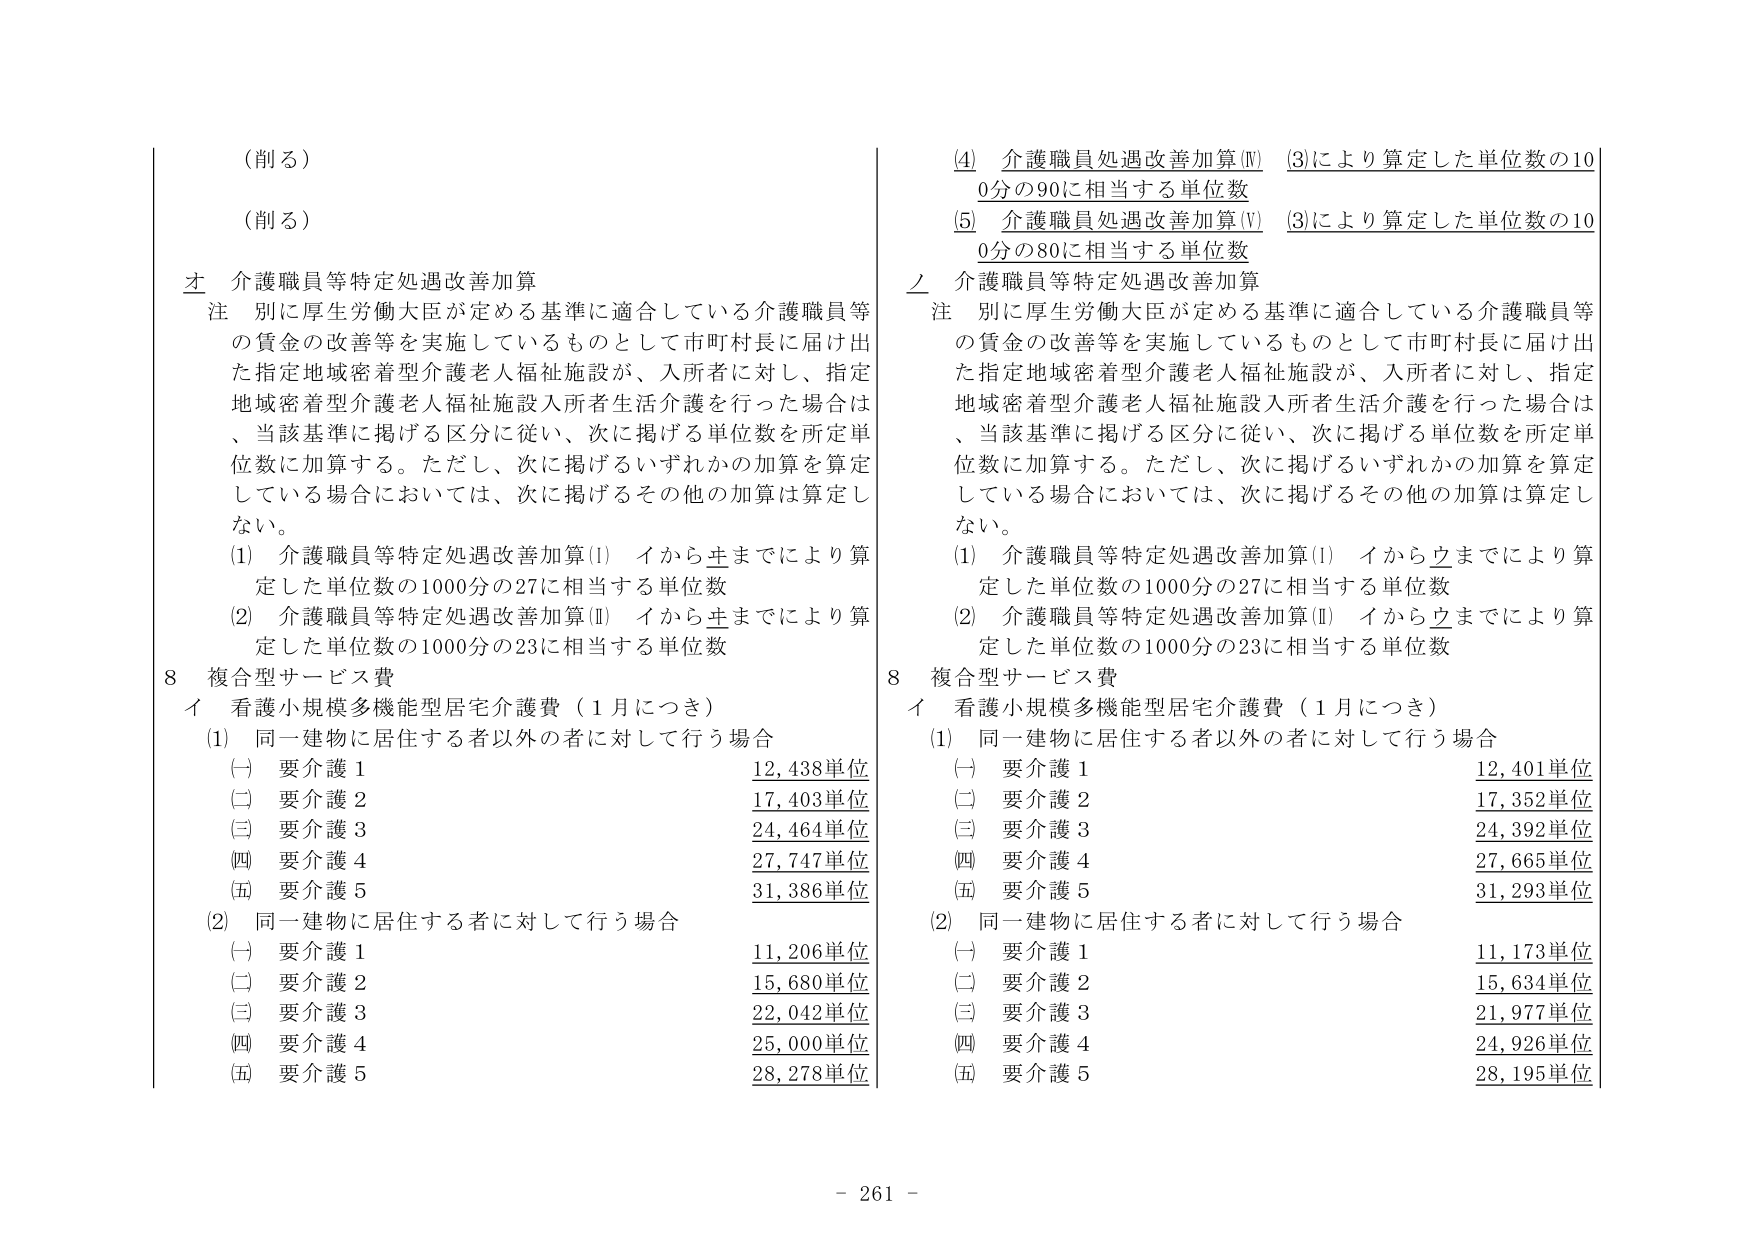
（削る）
（削る）

才 介護職員等特定処遇改善加算
注 別に厚生労働大臣が定める基準に適合している介護職員等の賃金の改善等を実施しているものとして市町村長に届け出た指定地域密着型介護老人福祉施設が、入所者に対し、指定地域密着型介護老人福祉施設入所者生活介護を行った場合は、当該基準に掲げる区分に従い、次に掲げる単位数を所定単位数に加算する。ただし、次に掲げるいずれかの加算を算定している場合においては、次に掲げるその他の加算は算定しない。
(1) 介護職員等特定処遇改善加算(I) イから才までにより算定した単位数の1000分の27に相当する単位数
(2) 介護職員等特定処遇改善加算(II) イから才までにより算定した単位数の1000分の23に相当する単位数

8 複合型サービス費
イ 看護小規模多機能型居宅介護費（1月につき）
(1) 同一建物に居住する者以外の者に対して行う場合
(一) 要介護1 12,438単位
(二) 要介護2 17,403単位
(三) 要介護3 24,464単位
(四) 要介護4 27,747単位
(五) 要介護5 31,386単位
(2) 同一建物に居住する者に対して行う場合
(一) 要介護1 11,206単位
(二) 要介護2 15,680単位
(三) 要介護3 22,042単位
(四) 要介護4 25,000単位
(五) 要介護5 28,278単位

(4) 介護職員処遇改善加算(Ⅳ) (3)により算定した単位数の100分の90に相当する単位数
(5) 介護職員処遇改善加算(Ⅴ) (3)により算定した単位数の100分の80に相当する単位数

ノ 介護職員等特定処遇改善加算
注 別に厚生労働大臣が定める基準に適合している介護職員等の賃金の改善等を実施しているものとして市町村長に届け出た指定地域密着型介護老人福祉施設が、入所者に対し、指定地域密着型介護老人福祉施設入所者生活介護を行った場合は、当該基準に掲げる区分に従い、次に掲げる単位数を所定単位数に加算する。ただし、次に掲げるいずれかの加算を算定している場合においては、次に掲げるその他の加算は算定しない。
(1) 介護職員等特定処遇改善加算(I) イからノまでにより算定した単位数の1000分の27に相当する単位数
(2) 介護職員等特定処遇改善加算(II) イからノまでにより算定した単位数の1000分の23に相当する単位数

8 複合型サービス費
イ 看護小規模多機能型居宅介護費（1月につき）
(1) 同一建物に居住する者以外の者に対して行う場合
(一) 要介護1 12,401単位
(二) 要介護2 17,352単位
(三) 要介護3 24,392単位
(四) 要介護4 27,665単位
(五) 要介護5 31,293単位
(2) 同一建物に居住する者に対して行う場合
(一) 要介護1 11,173単位
(二) 要介護2 15,634単位
(三) 要介護3 21,977単位
(四) 要介護4 24,926単位
(五) 要介護5 28,195単位

- 261 -